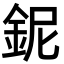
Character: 鈮